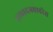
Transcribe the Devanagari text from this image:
उत्पादनवाढीस